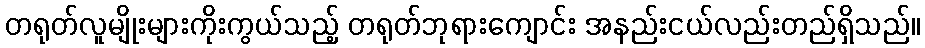
တရုတ်လူမျိုးများကိုးကွယ်သည့် တရုတ်ဘုရားကျောင်း အနည်းငယ်လည်းတည်ရှိသည်။